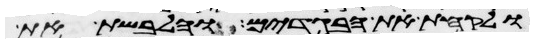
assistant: ולקחת את הבגדים והלבשת את